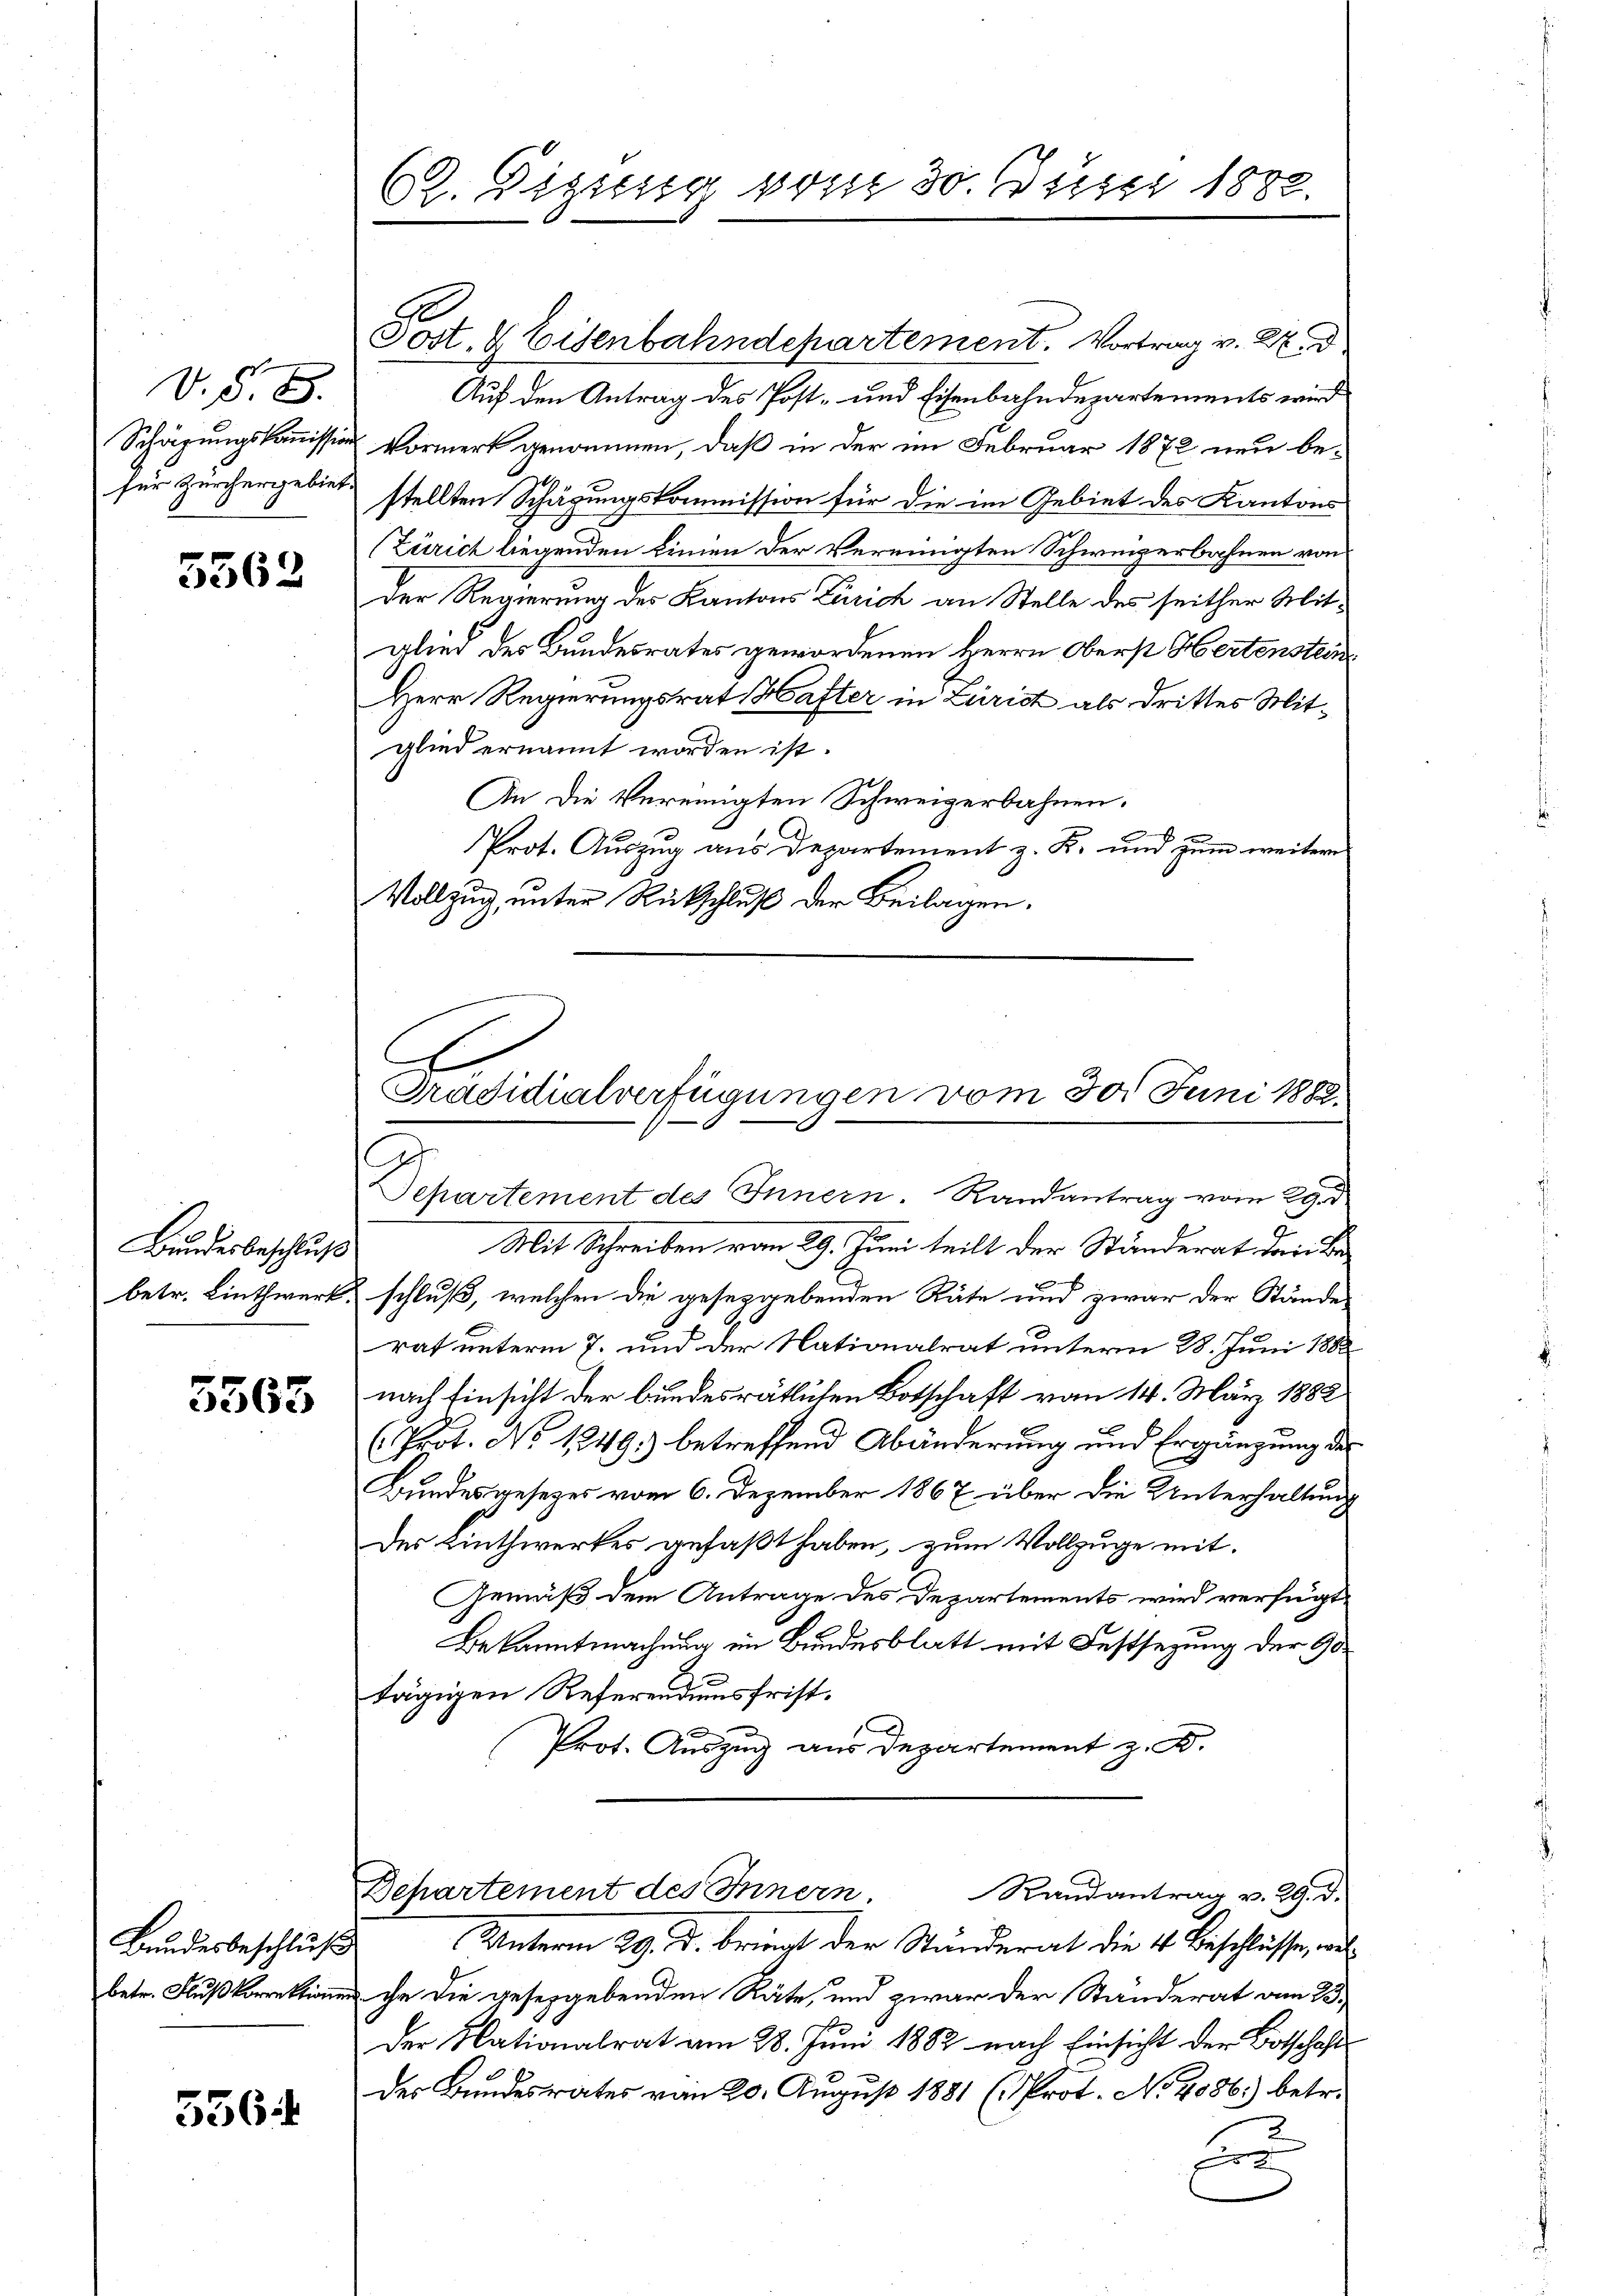
V. §. 8.

5562

Bundesbeschluß

5563

Bundesbeschluß

556

62. Digung vom 30. Juni 1882.

Post- & Eisenbahndepartement. Vortrag v. M. d
Auf den Antrag des Post- und Eisenbahndepartements wird
Schäzungskommission Vormerk genommen, daß in der im Februar 1872 neu befür Zürchergebiet stellten Schägungskommission für die im Gebiet des Kantons
(Zürich liegenden Linien der Vereinigten Schweizerbahnen von
Der Regierung des Kantons Zürich an Stelle des seither Mitglied des Bundesrates gewordenen Herrn Oberst Hertenstein¬
Herr Regierungsrat Hafter in Zürich als drittes Mitglied ernannt worden ist.
An die Vereinigten Schweizerbahnen.
x
Prot. Auszug aus Departement z. K. und zum weitere
Vollzug, unter Rückschluß der Beilagen.
.
Präsidialverfügungen vom 30. Juni 1888.

Ge
Separtement des Innern. Randantrag vom 29. d

Mit Schreiben vom 29. Juni teilt der Ständerat dann den
betr. Linthwerk, schluß, welchen die geseggebenden Räte und zwar der Stände
rat unterm 7. und der Nationalrat unterm 28. Juni 1882
nach Einsicht der bundesrätlichen Botschaft vom 14. März 1882
(Prot. No 1249) betreffend Abänderung und Ergänzung des
Bundesgesezes vom 6. Dezember 1867 über die Unterhaltung
Der Linthwerkes gefaßt haben, zum Vollzuge mit
Gemäß dem Antrage des Departements wird verfügt,
Bekanntmachung im Bundesblatt mit Festsezung der 90
tägigen Referendiensfrist.
Prot. Auszug aus Departement z. B.

Departement des Innern Randantrag v. 29. d.

Unterm 29. d. bringt der Ständerat die 4. Beschlüsse, ausbetr. Fuß ihr die geseggebenden Räte, und zwar der Ständerat am 23.
Der Nationalrat am 28. Juni 1882 nach Einsicht der Botschaft¬
Der Bundesrates vom 20. August 1881 (Prot. No 4086) betr.
2
p